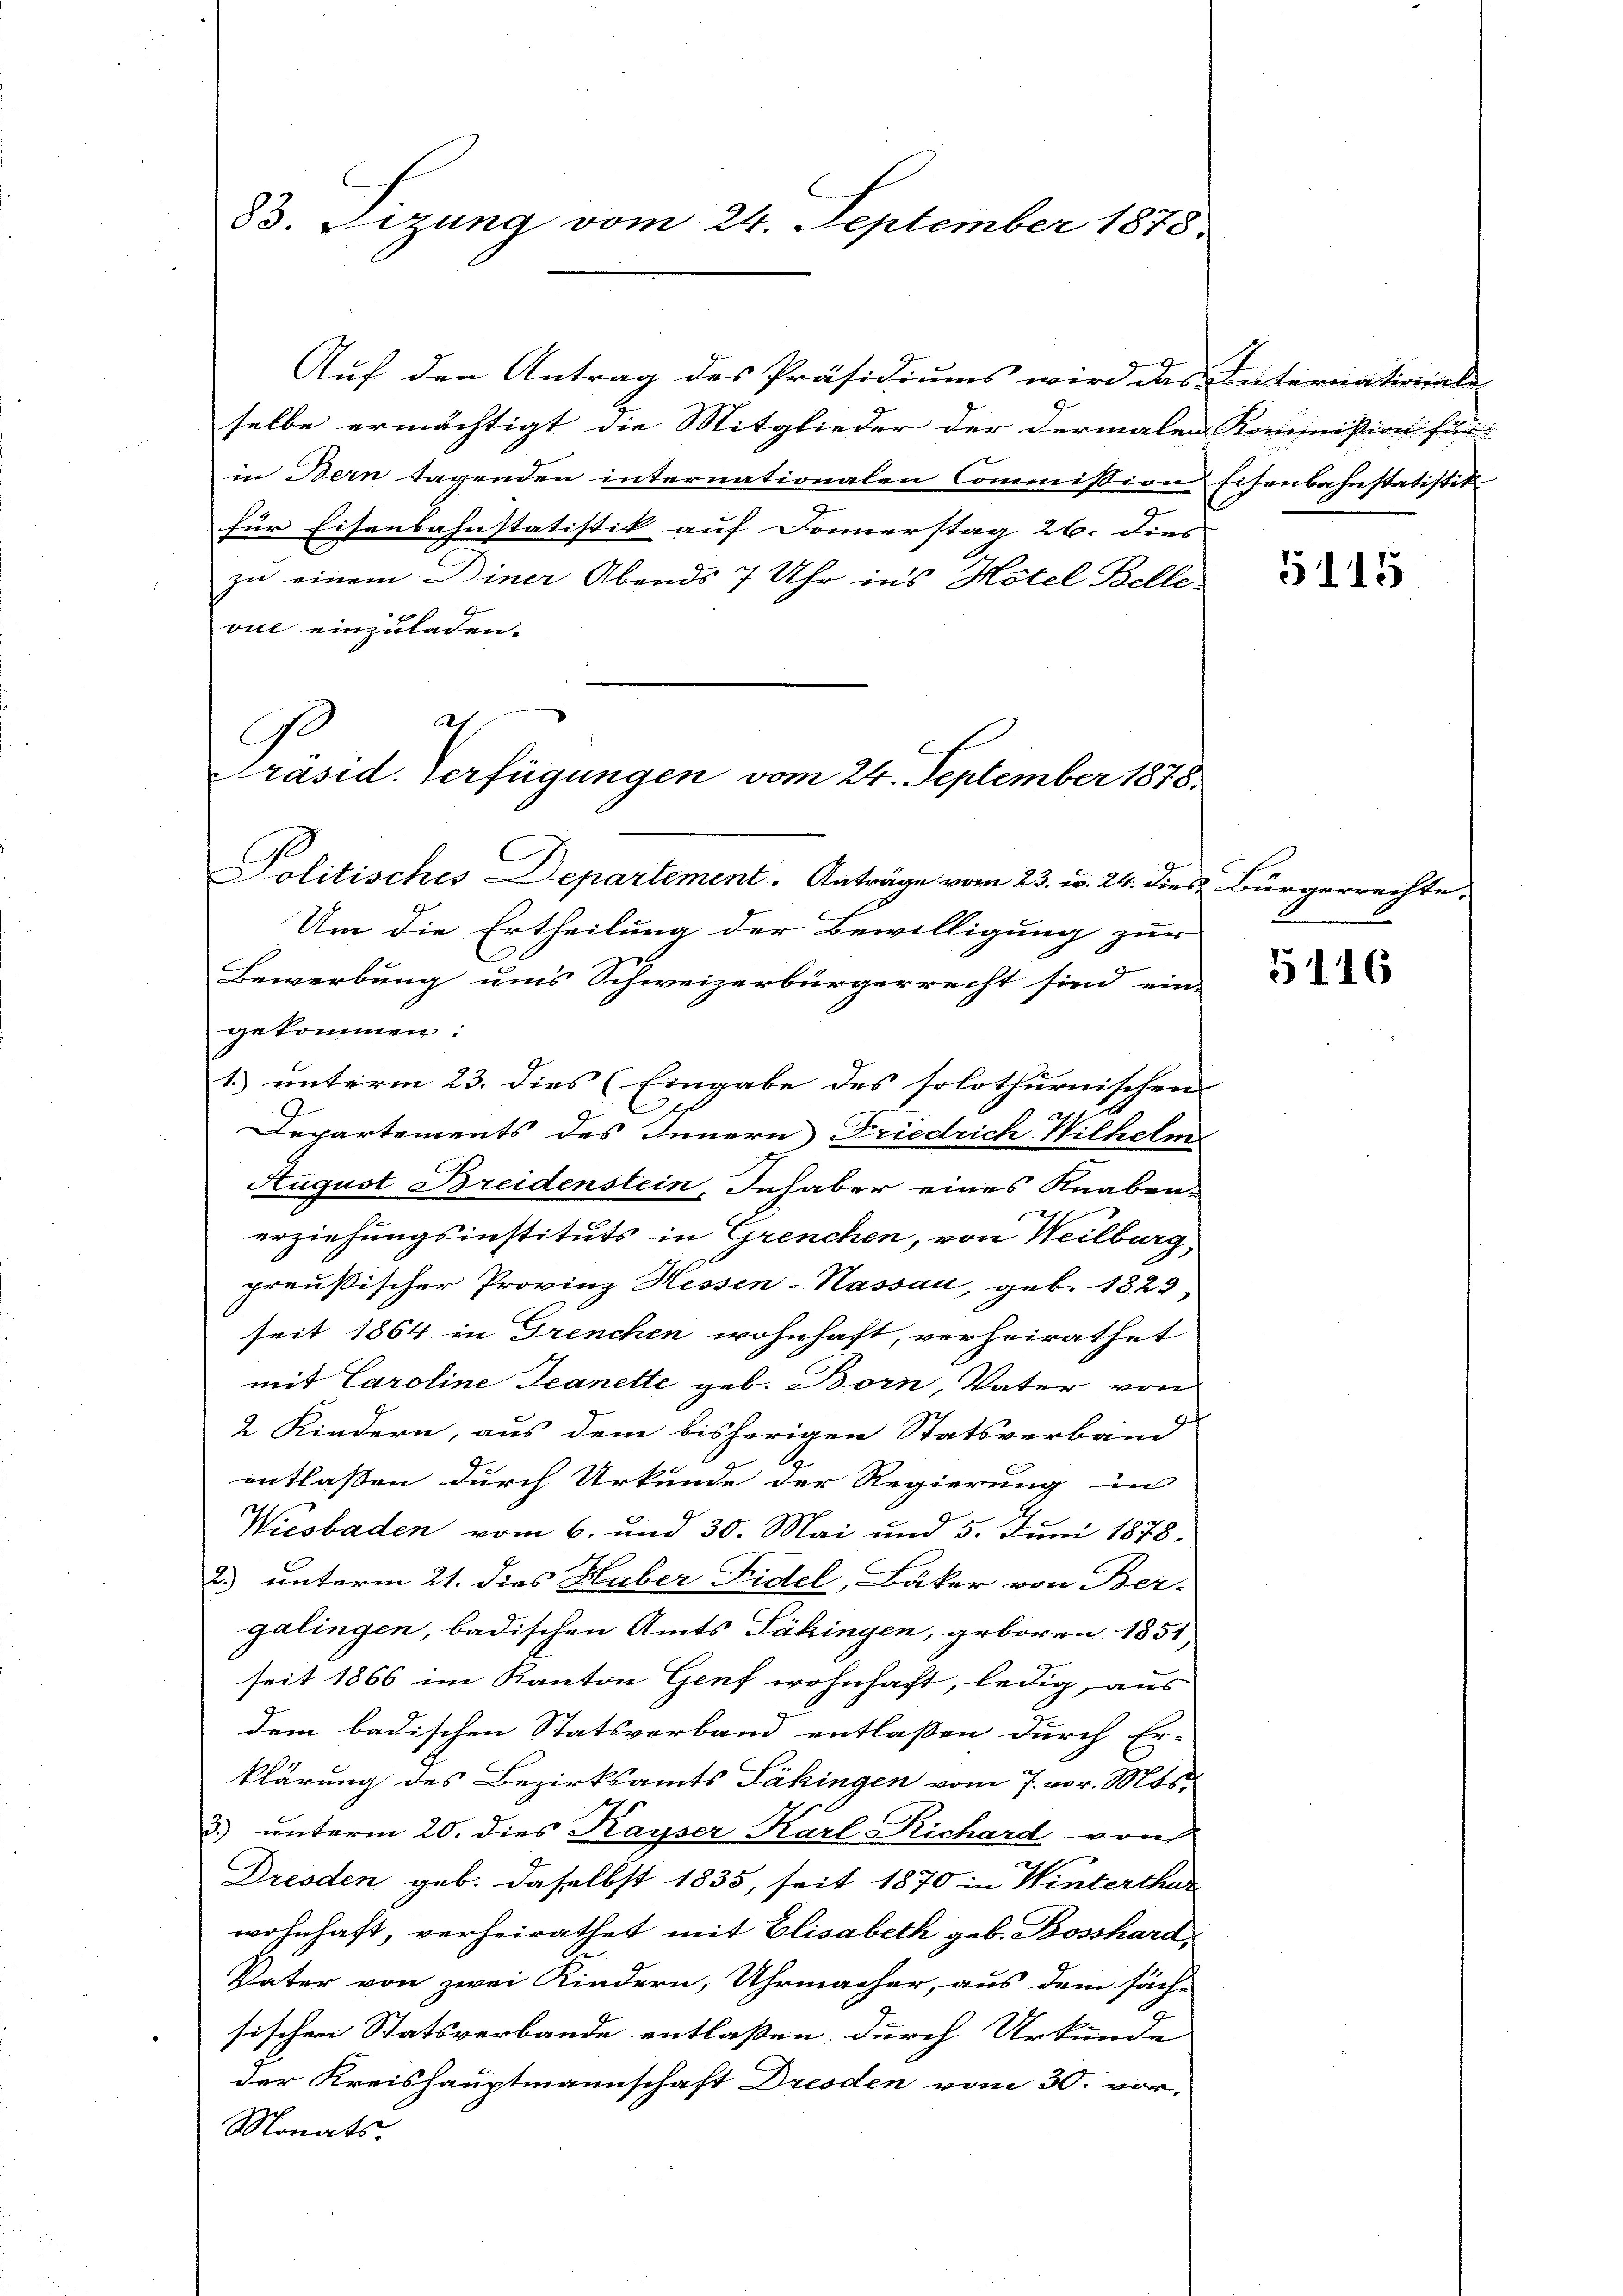
33. Lezung vom 24. September 1878.

Auf den Antrag des Präsidiums wird das Internationale
selbe ermächtigt, die Mitglieder der dermalen Kommißion für
in Bern tagenden internationalen Commission
für Eisenbahnstatistik auf Sonnerstag 26. dies |
zu einem Diner Abends 7 Uhr in’s Hotel Belle
vul einzuladen.
Politisches Departement. Anträge vom 23. v. 24. dies Bürgerrechte.
Um die Ertheilung der Bewilligung zur
Bewerbung uns Schweizerbürgerrecht sind ein-
gekommen:
1.) unterm 23. dies (Eingabe des solothurnischen
C
Departements des Innern Friedrich Wilhelm
August Breidenstein, Inhaber eines Knaben.
erziehungsinstituts in Grenchen, von Heilburg,
preußischer Provinz Hessen-Kassau, geb. 1823,
seit 1864 in Grenchen wohnhaft, verheirathet
mit Caroline Jeanette geb. Born, Vater von
2 Kindern, aus dem bisherigen Statsverband
entlassen durch Urkunde der Regierung in
Wiesbaden vom 6. und 30. Mai und 5. Juni 1878.
2.) unterm 21. dies Huber Fidel, Bäker von Ber-
galingen, badischen Amts Päkingen, geboren. 1851,
seit 1866 im Kanton Genf wohnhaft, ledig, aus
dem badischen Statsverband entlassen durch Er-
klärung des Bezirksamts Päkingen vom 7. vor. Mts.
3) unterm 20. dies Kayser Karl Richard von
Dresden geb. daselbst 1835, seit 1870 in Winterthur
wohnhaft, verheirathet mit Elisabeth geb. Bosshard,
Vater von zwei Kindern, Uhrmacher, aus dem säch-
sischen Statsverbande entlaßen, durch Urkunde
der Kreishauptmannschaft Dresden vom 30. vor-
Monats

Ge

21
Präsid. Verfügungen vom 24. September 1878

Eisenbahnstatistik

5115

5116